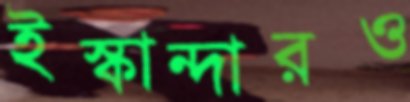
ইস্কান্দারও